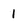
Character: l